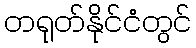
တရုတ်နိုင်ငံတွင်